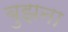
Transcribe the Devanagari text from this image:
बुझना